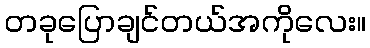
တခုပြောချင်တယ်အကိုလေး။